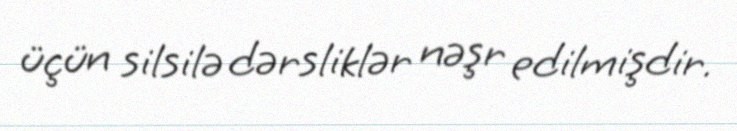
üçün silsilə dərsliklər nəşr edilmişdir.